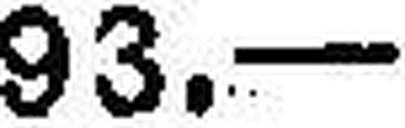
93.—